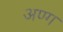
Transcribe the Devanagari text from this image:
अण्ग